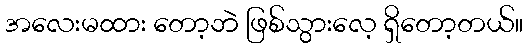
အလေးမထား တော့ဘဲ ဖြစ်သွားလေ့ ရှိတော့တယ်။